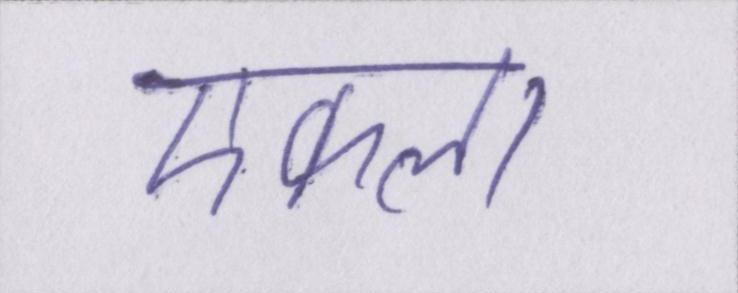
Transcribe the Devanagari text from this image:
एकला